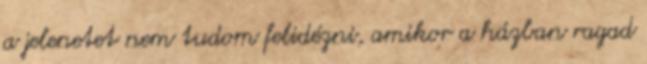
a jelenetet nem tudom felidézni, amikor a házban ragad